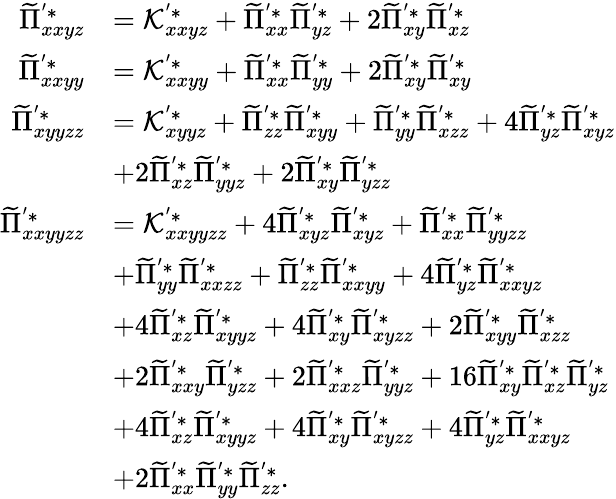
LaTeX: \begin{array}{rl}{\widetilde{\Pi}_{xxyz}^{'*}}&{=\mathcal{K}_{xxyz}^{'*}+\widetilde{\Pi}_{xx}^{'*}\widetilde{\Pi}_{yz}^{'*}+2\widetilde{\Pi}_{xy}^{'*}\widetilde{\Pi}_{xz}^{'*}}\\ {\widetilde{\Pi}_{xxyy}^{'*}}&{=\mathcal{K}_{xxyy}^{'*}+\widetilde{\Pi}_{xx}^{'*}\widetilde{\Pi}_{yy}^{'*}+2\widetilde{\Pi}_{xy}^{'*}\widetilde{\Pi}_{xy}^{'*}}\\ {\widetilde{\Pi}_{xyyzz}^{'*}}&{=\mathcal{K}_{xyyz}^{'*}+\widetilde{\Pi}_{zz}^{'*}\widetilde{\Pi}_{xyy}^{'*}+\widetilde{\Pi}_{yy}^{'*}\widetilde{\Pi}_{xzz}^{'*}+4\widetilde{\Pi}_{yz}^{'*}\widetilde{\Pi}_{xyz}^{'*}}\\ &{+2\widetilde{\Pi}_{xz}^{'*}\widetilde{\Pi}_{yyz}^{'*}+2\widetilde{\Pi}_{xy}^{'*}\widetilde{\Pi}_{yzz}^{'*}}\\ {\widetilde{\Pi}_{xxyyzz}^{'*}}&{=\mathcal{K}_{xxyyzz}^{'*}+4\widetilde{\Pi}_{xyz}^{'*}\widetilde{\Pi}_{xyz}^{'*}+\widetilde{\Pi}_{xx}^{'*}\widetilde{\Pi}_{yyzz}^{'*}}\\ &{+\widetilde{\Pi}_{yy}^{'*}\widetilde{\Pi}_{xxzz}^{'*}+\widetilde{\Pi}_{zz}^{'*}\widetilde{\Pi}_{xxyy}^{'*}+4\widetilde{\Pi}_{yz}^{'*}\widetilde{\Pi}_{xxyz}^{'*}}\\ &{+4\widetilde{\Pi}_{xz}^{'*}\widetilde{\Pi}_{xyyz}^{'*}+4\widetilde{\Pi}_{xy}^{'*}\widetilde{\Pi}_{xyzz}^{'*}+2\widetilde{\Pi}_{xyy}^{'*}\widetilde{\Pi}_{xzz}^{'*}}\\ &{+2\widetilde{\Pi}_{xxy}^{'*}\widetilde{\Pi}_{yzz}^{'*}+2\widetilde{\Pi}_{xxz}^{'*}\widetilde{\Pi}_{yyz}^{'*}+16\widetilde{\Pi}_{xy}^{'*}\widetilde{\Pi}_{xz}^{'*}\widetilde{\Pi}_{yz}^{'*}}\\ &{+4\widetilde{\Pi}_{xz}^{'*}\widetilde{\Pi}_{xyyz}^{'*}+4\widetilde{\Pi}_{xy}^{'*}\widetilde{\Pi}_{xyzz}^{'*}+4\widetilde{\Pi}_{yz}^{'*}\widetilde{\Pi}_{xxyz}^{'*}}\\ &{+2\widetilde{\Pi}_{xx}^{'*}\widetilde{\Pi}_{yy}^{'*}\widetilde{\Pi}_{zz}^{'*}.}\end{array}